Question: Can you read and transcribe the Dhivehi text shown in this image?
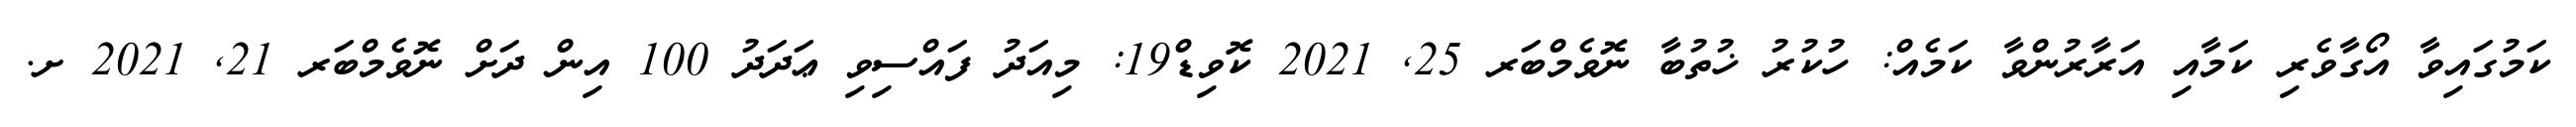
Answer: ކަމުގައިވާ އޯގާވެރި ކަމާއި އަރާރުންވާ ކަމެއް: ހުކުރު ޚުތުބާ ނޮވެމްބަރ 25, 2021 ކޮވިޑް19: މިއަދު ފައްސިވި ޢަދަދު 100 އިން ދަށް ނޮވެމްބަރ 21, 2021 ށ.